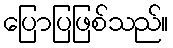
ပြောပြဖြစ်သည်။